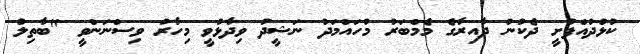
ކުޅުދުއްފުށީ ދެކުނު ދާއިރާގެ މެމްބަރު މުހައްމަދު ނަޝީދު ވިދާޅުވީ މިހާރު ވިސްނަންވީ "ބާތިލު